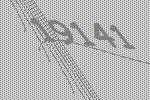
19141